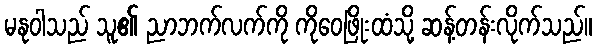
မနုဝါသည် သူ၏ ညာဘက်လက်ကို ကိုဝေဖြိုးထံသို့ ဆန့်တန်းလိုက်သည်။